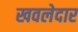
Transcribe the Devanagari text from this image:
खवलेदार